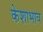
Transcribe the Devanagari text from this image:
केशाभाव